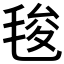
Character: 𭯚